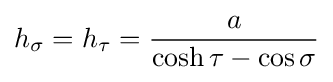
h_{\sigma }=h_{\tau }={\frac {a}{\cosh \tau -\cos \sigma }}